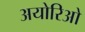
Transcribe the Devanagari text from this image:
अयोरिओ